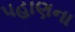
પહાણના